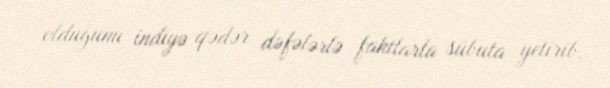
olduğunu indiyə qədər dəfələrlə faktlarla sübuta yetirib.